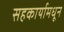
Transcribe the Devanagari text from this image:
सहकार्यामधून